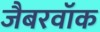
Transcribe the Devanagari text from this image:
जैबरवॉक